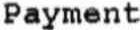
PAYMENT